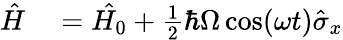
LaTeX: \begin{array}{rl}{\hat{H}}&{{}=\hat{H_{0}}+\frac{1}{2}\hbar\Omega\cos(\omega t)\hat{\sigma}_{x}}\end{array}